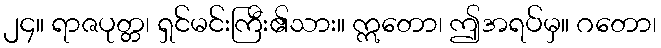
၂၄။ ရာဇပုတ္တ၊ ရှင်မင်းကြီး၏သား။ ဣတော၊ ဤအရပ်မှ။ ဂတော၊